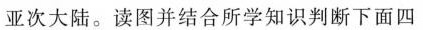
亚次大陆。读图并结合所学知识判断下面四